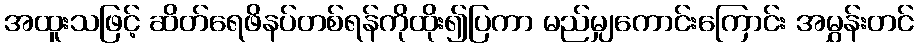
အထူးသဖြင့် ဆိတ်ရေဖိနပ်တစ်ရန်ကိုထိုး၍ပြကာ မည်မျှကောင်းကြောင်း အမွှန်းတင်